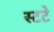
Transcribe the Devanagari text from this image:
स्टटे